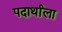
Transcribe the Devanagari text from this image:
पदार्थांला